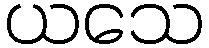
ယသေ